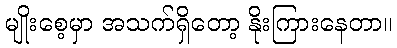
မျိုးစေ့မှာ အသက်ရှိတော့ နိုးကြားနေတာ။